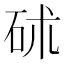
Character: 𥑡